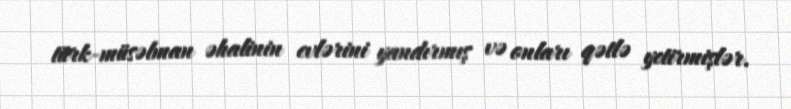
türk-müsəlman əhalinin evlərini yandırmış və onları qətlə yetirmişlər.